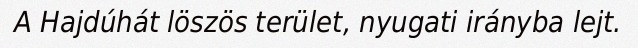
A Hajdúhát löszös terület, nyugati irányba lejt.